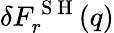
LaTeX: \delta F_{r}^{\mathrm{~S~H~}}(q)